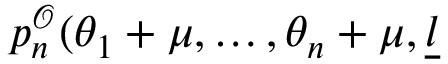
p _ { n } ^ { \mathcal { O } } ( \theta _ { 1 } + \mu , \dots , \theta _ { n } + \mu , \underline { { { l } } }